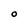
Character: O